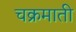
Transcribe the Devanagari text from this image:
चक्रमाती